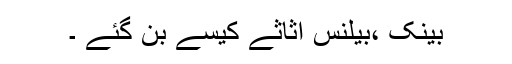
بینک ،بیلنس اثاثے کیسے بن گئے ۔